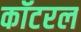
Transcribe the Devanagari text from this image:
कॉटरल